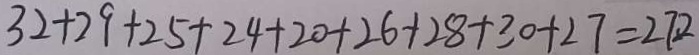
3 2 + 2 9 + 2 5 + 2 4 + 2 0 + 2 6 + 2 8 + 3 0 + 2 7 = 2 7 2